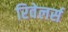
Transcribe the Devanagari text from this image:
रिवेलर्स